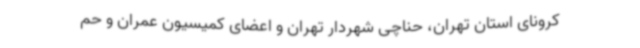
کرونای استان تهران، حناچی شهردار تهران و اعضای کمیسیون عمران و حم